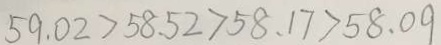
5 9 . 0 2 > 5 8 . 5 2 > 5 8 . 1 7 > 5 8 . 0 9